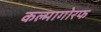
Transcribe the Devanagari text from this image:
कल्मागोरफ